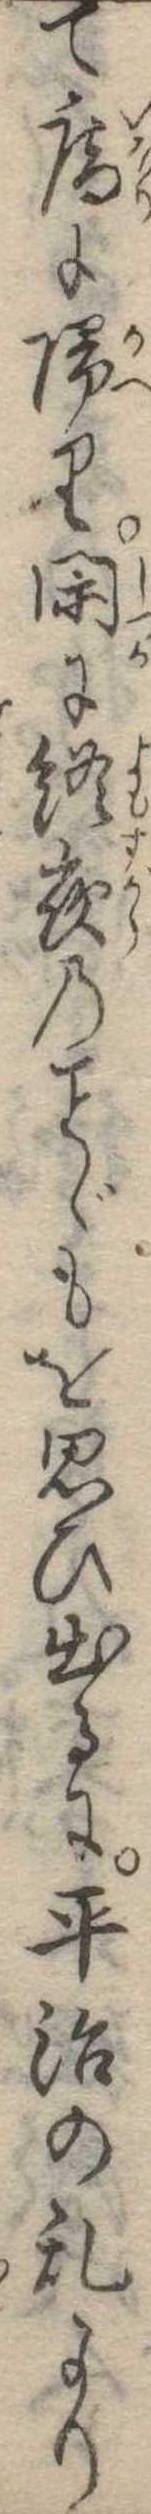
て庵に帰り閑に終夜のゞもを思ひ出るに平治の乱より